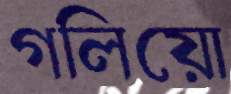
গলিয়ো